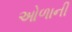
ઓળાની